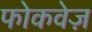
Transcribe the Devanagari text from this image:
फोकवेज़